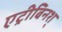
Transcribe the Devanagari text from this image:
एट्रीबिनश्